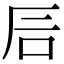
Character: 𥐘